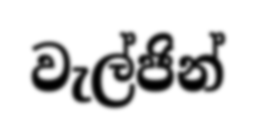
වැල්ජින්